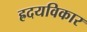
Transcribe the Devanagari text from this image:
ह्रदयविकार